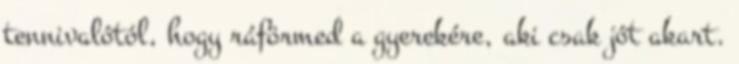
tennivalótól, hogy ráförmed a gyerekére, aki csak jót akart.